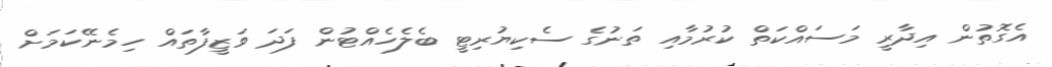
އެގޮތުން އިދާރީ މަސައްކަތް ކުރުމާއި ތަނުގެ ސެކިޔުރިޓީ ބެލެހެއްޓުން ފަދަ ވަޒީފާތައް ހިމެނޭކަމަށް